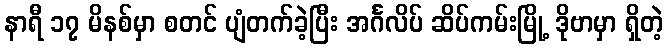
နာရီ ၁၇ မိနစ်မှာ စတင် ပျံတက်ခဲ့ပြီး အင်္ဂလိပ် ဆိပ်ကမ်းမြို့ ဒိုဗာမှာ ရှိတဲ့